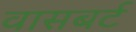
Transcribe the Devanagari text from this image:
वासबर्ट